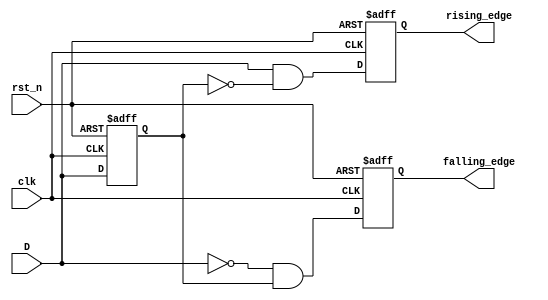
module EdgeDetector (
    input wire clk,        // Clock signal
    input wire rst_n,     // Active-low reset signal
    input wire D,         // Input signal to detect edges
    output reg rising_edge, // Output for rising edge detection
    output reg falling_edge // Output for falling edge detection
);

    // Memory block to store the previous state of the input signal
    reg previous_state;

    // Edge detection logic
    always @(posedge clk or negedge rst_n) begin
        if (!rst_n) begin
            // Reset condition
            previous_state <= 1'b0; // Initialize previous state to 0
            rising_edge <= 1'b0;
            falling_edge <= 1'b0;
        end else begin
            // Edge detection logic
            rising_edge <= (D == 1'b1 && previous_state == 1'b0); // Rising edge detected
            falling_edge <= (D == 1'b0 && previous_state == 1'b1); // Falling edge detected
            
            // Update the previous state with the current input signal
            previous_state <= D;
        end
    end

endmodule